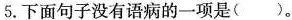
5.下面句子没有语病的一项是( )。